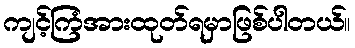
ကျင့်ကြံအားထုတ်ရမှာဖြစ်ပါတယ်။